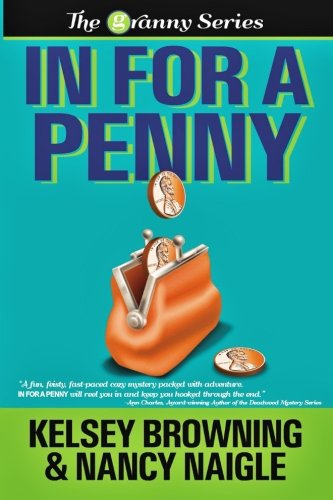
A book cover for In For A Penny (Large Print) (The Granny Series) (Volume 1); Nancy Naigle; Mystery, Thriller & Suspense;